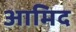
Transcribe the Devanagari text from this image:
आमिद